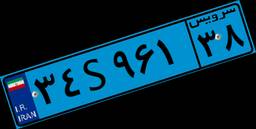
۳۴S۹۶۱۳۸